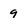
Character: 9